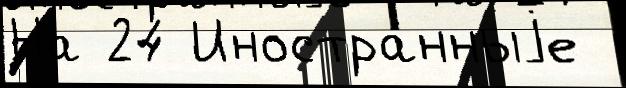
На 24 Иностра́нныjе